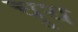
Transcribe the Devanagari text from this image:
चुथ